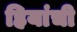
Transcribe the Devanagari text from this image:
हियांची